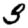
Digit: 3